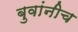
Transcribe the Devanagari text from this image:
बुवांनीच